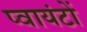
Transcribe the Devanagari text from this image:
प्वायंटों